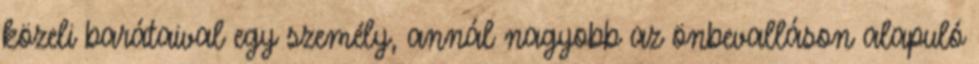
közeli barátaival egy személy, annál nagyobb az önbevalláson alapuló